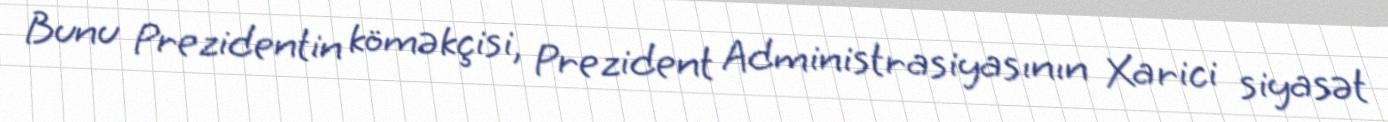
Bunu Prezidentin köməkçisi, Prezident Administrasiyasının Xarici siyasət